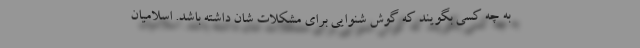
به چه کسی بگویند که گوش شنوایی برای مشکلات شان داشته باشد. اسلامیان